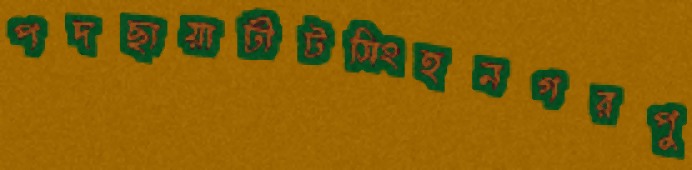
পদছায়াঢীটসিংহনগরপু